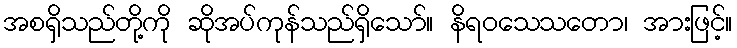
အစရှိသည်တို့ကို ဆိုအပ်ကုန်သည်ရှိသော်။ နိရဝသေသတော၊ အားဖြင့်။